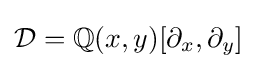
{\mathcal {D}}=\mathbb {Q} (x,y)[\partial _{x},\partial _{y}]